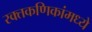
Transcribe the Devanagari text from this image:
रक्तकणिकांमध्ये